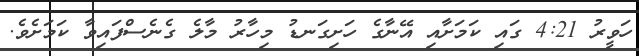
ހަވީރު 4:21 ގައި ކަމަށާއި އޭނާގެ ހަށިގަނޑު މިހާރު މާލެ ގެނެސްފައިވާ ކަމަށެވެ.